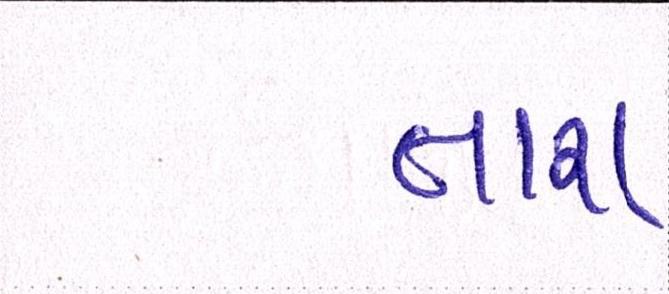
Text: તારા